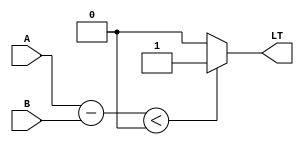
module less_than_comparator (
    input [31:0] A,
    input [31:0] B,
    output reg LT
);

reg [31:0] diff;

always @ (A or B) begin
    diff = A - B;
    if (diff < 0) begin
        LT = 1;
    end else begin
        LT = 0;
    end
end

endmodule